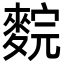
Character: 䴷